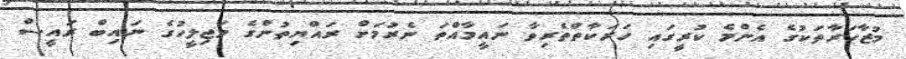
މުޒާހަރާތަކުގެ އެންމެ ކުރީގައި ހަރަކާތްތެރިވާ ނައީމާއްތަ ނެރުމަށް ރައްޔިތުންގެ މަޖިލީހުގެ ނައިބް ރައީސް